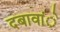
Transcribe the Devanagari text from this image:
दबावांे